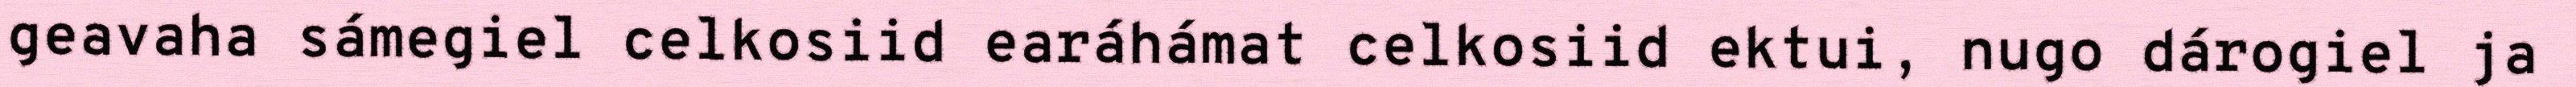
geavaha sámegiel celkosiid earáhámat celkosiid ektui, nugo dárogiel ja